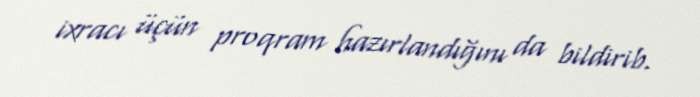
ixracı üçün proqram hazırlandığını da bildirib.